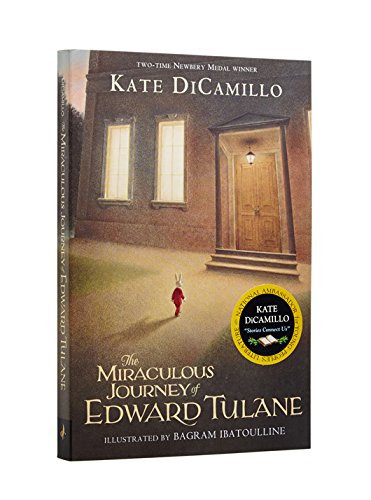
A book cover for The Miraculous Journey of Edward Tulane; Kate DiCamillo; Children's Books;